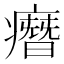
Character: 㿊